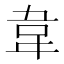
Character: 韋